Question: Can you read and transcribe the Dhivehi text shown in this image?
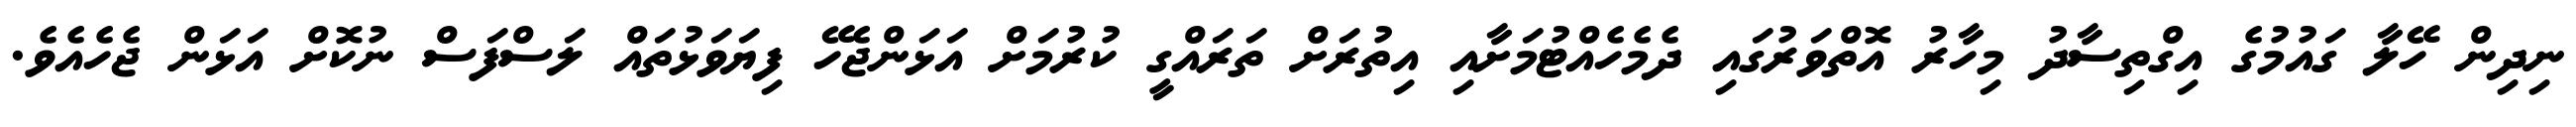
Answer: ނިދިން ހޭލާ ގައުމުގެ އިގްތިސާދު މިހާރު އޮތްވަރުގައި ދެމެހެއްޓުމަށާއި އިތުރަށް ތަރައްގީ ކުރުމަށް އަޅަންޖެހޭ ފިޔަވަޅުތައް ލަސްފަސް ނުކޮށް އަޅަން ޖެހެއެވެ.